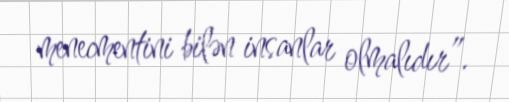
menecmentini bilən insanlar olmalıdır”.